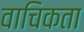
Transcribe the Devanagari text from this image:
वाचिकता